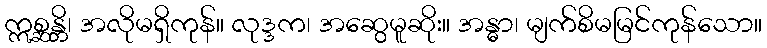
ဣစ္ဆန္တိ၊ အလိုမရှိကုန်။ လုဒ္ဒက၊ အဆွေမူဆိုး။ အန္ဓာ၊ မျက်စိမမြင်ကုန်သော။